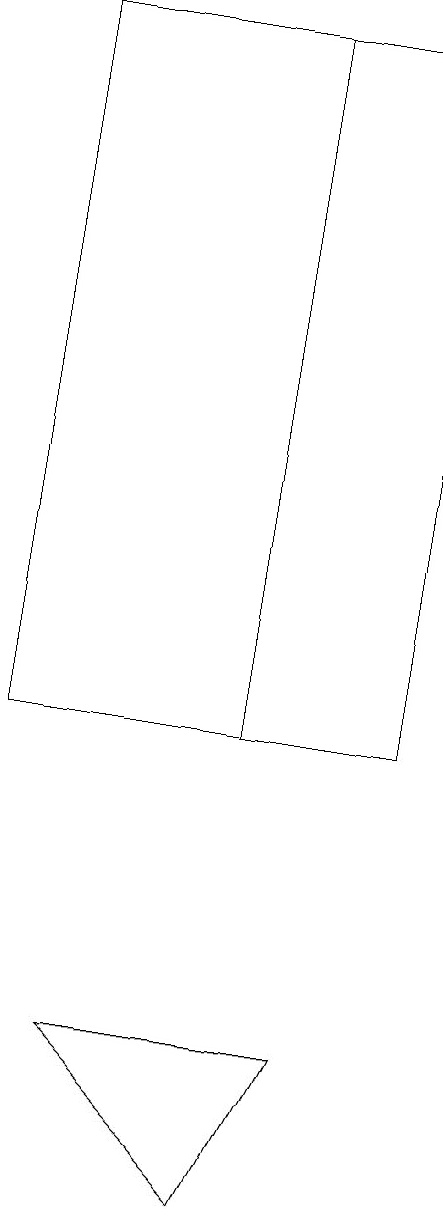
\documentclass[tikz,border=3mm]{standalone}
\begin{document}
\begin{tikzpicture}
\draw (7,19) rectangle (4,10);
\draw (8,6) -- (5,6) -- (7,4) -- cycle;
\draw (4,19) rectangle (9,10);
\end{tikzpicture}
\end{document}